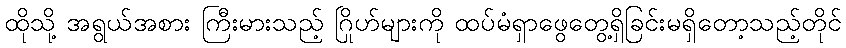
ထိုသို့ အရွယ်အစား ကြီးမားသည့် ဂြိုဟ်များကို ထပ်မံရှာဖွေတွေ့ရှိခြင်းမရှိတော့သည့်တိုင်